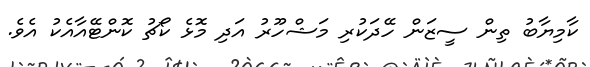
ކާމިޔާބު ތިން ސީޒަން ހޭދަކުރި މަޝްހޫރު އަދި މޮޅެ ކޯޗު ކޮންޓޭއާއެކު އެވެ.